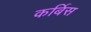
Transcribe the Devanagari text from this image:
कर्बिस